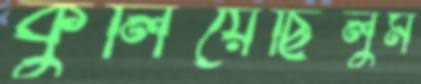
কুলিয়েছিলুম